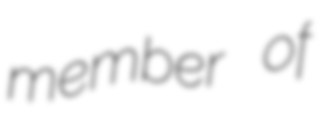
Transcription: member of